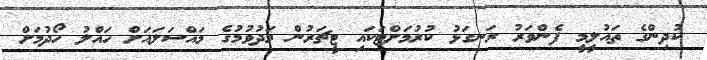
ކުދިންގެ ތައުލީމީ ފެންވަރު ރަނގަޅު ކުރުމަށްޓަކައި ޓީޗަރުން މަދުވުމުގެ މައްސަލައަށް ހައްލު ހޯދުމަށް